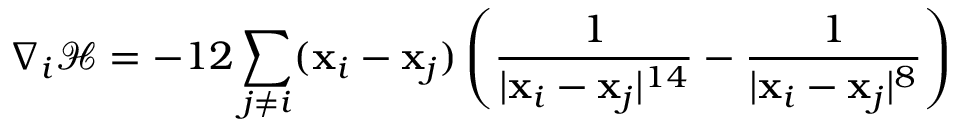
\nabla _ { i } \mathcal { H } = - 1 2 \sum _ { j \ne i } ( \mathbf x _ { i } - \mathbf x _ { j } ) \left( \frac 1 { | \mathbf x _ { i } - \mathbf x _ { j } | ^ { 1 4 } } - \frac 1 { | \mathbf x _ { i } - \mathbf x _ { j } | ^ { 8 } } \right)